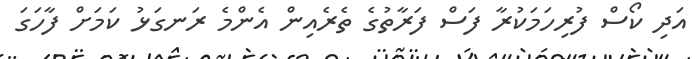
އަދި ކޯސް ފުރިހަމަކުރާ ފަސް ފަރާތުގެ ތެރެއިން އެންމެ ރަނގަޅު ކަމަށް ފާހަގަ